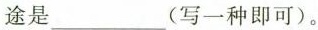
途是___写一种即可)。